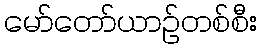
မော်တော်ယာဉ်တစ်စီး